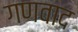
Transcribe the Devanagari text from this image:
गणवाद